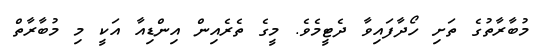
މުބާރާތުގެ ތަށި ހޯދާފައިވާ ދެޓީމެވެ. މީގެ ތެރެއިން އިންޑިއާ އަކީ މި މުބާރާތް